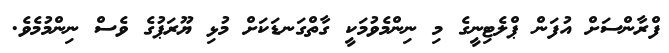
ފްރާންސަށް އުފަން ޕްލެޓިނީގެ މި ނިންމެވުމަކީ ގާތްގަނޑަކަށް މުޅި ޔޫރަޕުގެ ވެސް ނިންމުމެވެ.